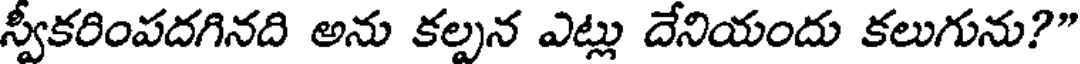
స్వీకరింపదగినది అను కల్పన ఎట్లు దేనియందు కలుగును?"